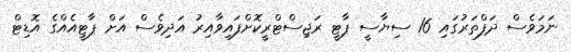
ނަމަވެސް ދަފްތަރުގައި 16 ސިޔާސީ ޕާޓީ ރަޖިސްޓްރީކޮށްފައިވާއިރު އަދިވެސް އަށް ޕާޓީއެއްގެ އޮޑިޓް